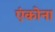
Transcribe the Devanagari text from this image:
एंकोना